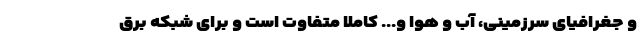
و جغرافیای سرزمینی، آب و هوا و... کاملا متفاوت است و برای شبکه برق